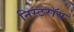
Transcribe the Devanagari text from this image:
निस्टरॉय